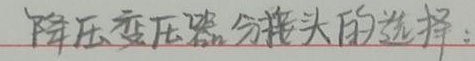
降压变压器分接头的选择：